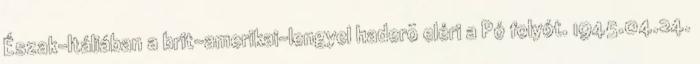
Észak-Itáliában a brit-amerikai-lengyel haderõ eléri a Pó folyót. 1945.04.24.